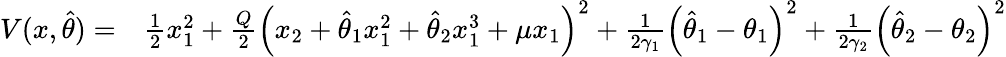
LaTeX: \begin{array}{rl}{V(x,\hat{\theta})=}&{\frac{1}{2}x_{1}^{2}+\frac{Q}{2}\left(x_{2}+\hat{\theta}_{1}x_{1}^{2}+\hat{\theta}_{2}x_{1}^{3}+\mu x_{1}\right)^{2}+\frac{1}{2\gamma_{1}}\left(\hat{\theta}_{1}-\theta_{1}\right)^{2}+\frac{1}{2\gamma_{2}}\left(\hat{\theta}_{2}-\theta_{2}\right)^{2}}\end{array}